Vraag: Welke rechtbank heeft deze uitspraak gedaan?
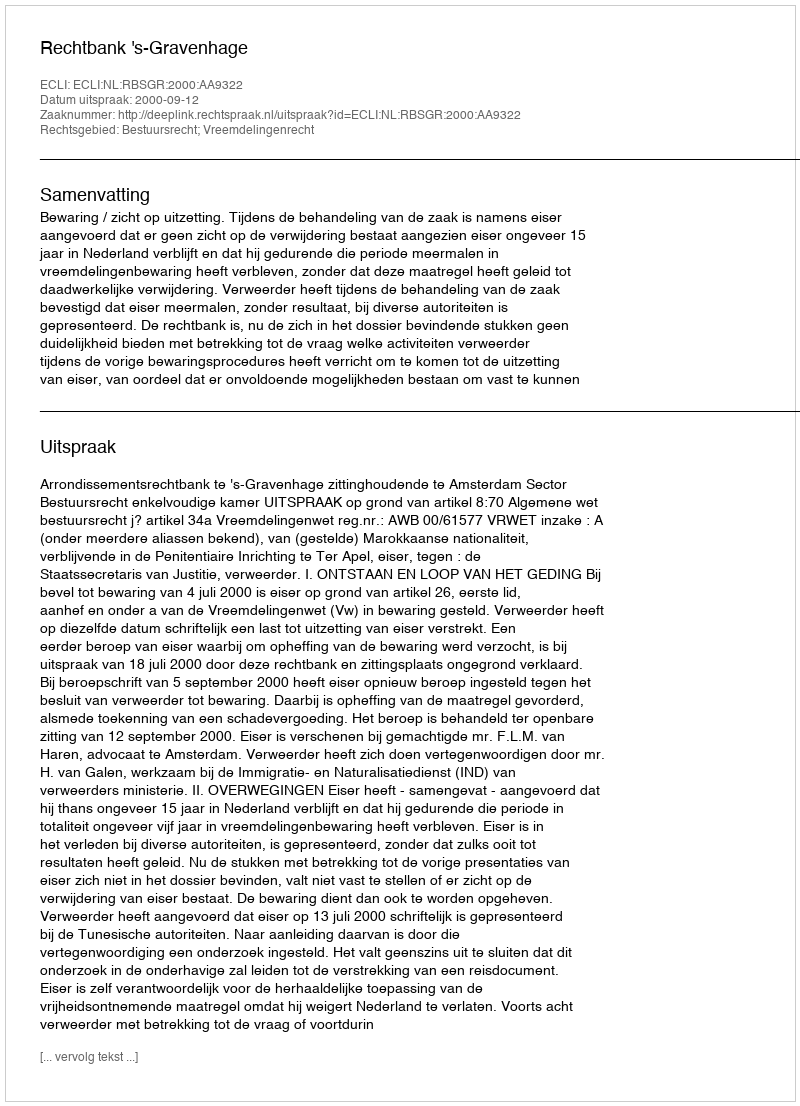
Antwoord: Rechtbank 's-Gravenhage